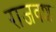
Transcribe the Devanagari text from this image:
राजवश